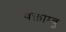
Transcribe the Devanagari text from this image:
वक्ताम्बु